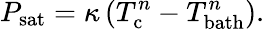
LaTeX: P_{\mathrm{sat}}=\kappa\left(T_{\mathrm{c}}^{n}-T_{\mathrm{bath}}^{n}\right)\mathrm{.}